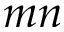
m n